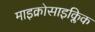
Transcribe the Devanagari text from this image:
माइक्रोसाइक्लिक